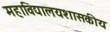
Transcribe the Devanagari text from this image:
महाविद्यालयशासकीय